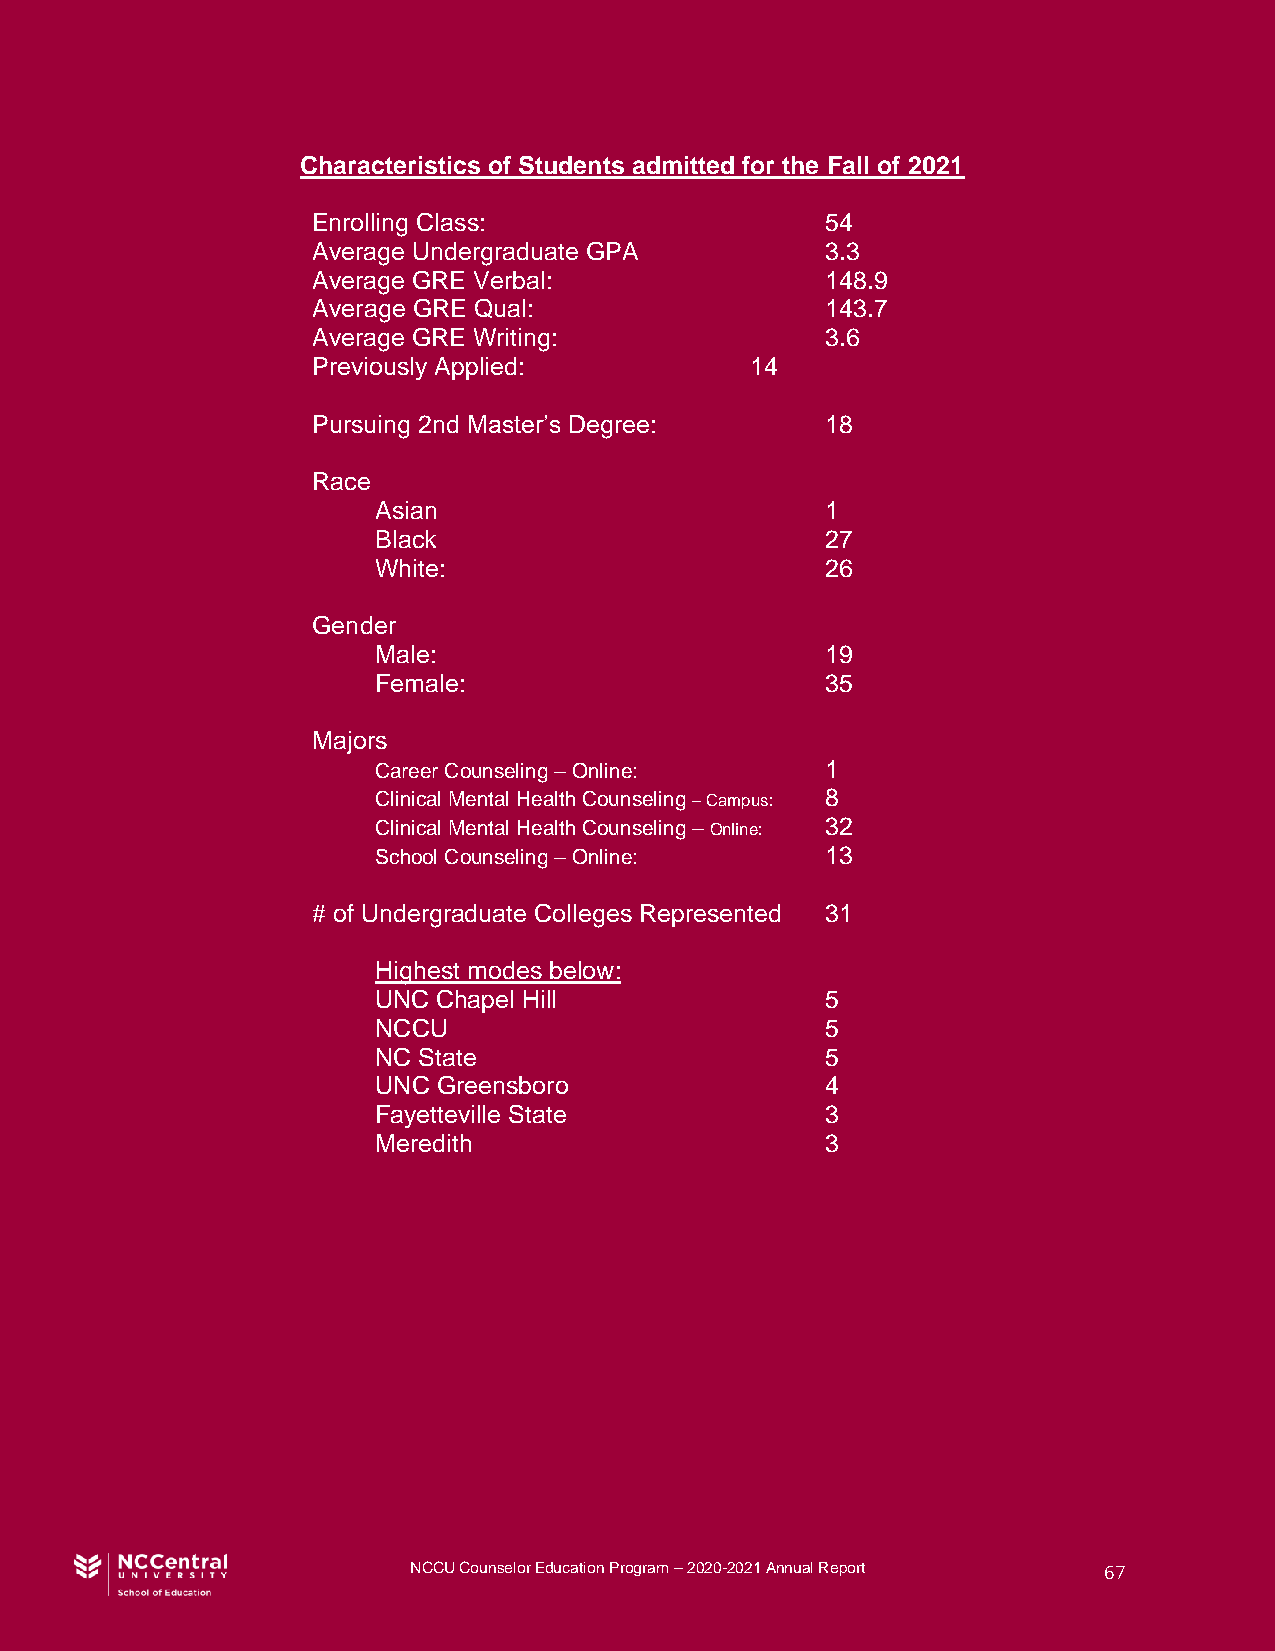
Characteristics of Students admitted for the Fall of 2021
 Enrolling Class:                  54
 Average Undergraduate GPA         3.3
 Average GRE Verbal:               148.9
 Average GRE Qual:                 143.7
 Average GRE Writing:              3.6
 Previously Applied:          14
 Pursuing 2nd Master’s Degree:     18
 Race
 Asian                         1
 Black                         27
 White:                        26
 Gender
 Male:                         19
 Female:                       35
 Majors
 Career Counseling – Online:   1
 Clinical Mental Health Counseling – Campus: 8
 Clinical Mental Health Counseling – Online: 32
 School Counseling – Online:   13
 # of Undergraduate Colleges Represented 31
 Highest modes below:
 UNC Chapel Hill               5
 NCCU                          5
 NC State                      5
 UNC Greensboro                4
 Fayetteville State            3
 Meredith                      3
 NCCU Counselor Education Program – 2020-2021 Annual Report 67